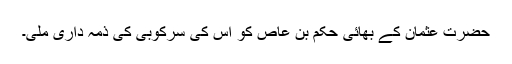
حضرت عثمان کے بھائی حکم بن عاص کو اس کی سرکوبی کی ذمہ داری ملی۔